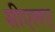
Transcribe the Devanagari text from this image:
सीएलए